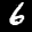
Label: 6